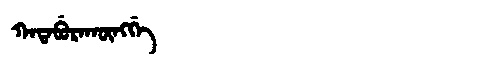
Manchu: ᡴᠠᡨᠠᠪᡠᡵᠠᡴᡡᠩᡤᡝ
Romanization: KATABURAKŪNGGE